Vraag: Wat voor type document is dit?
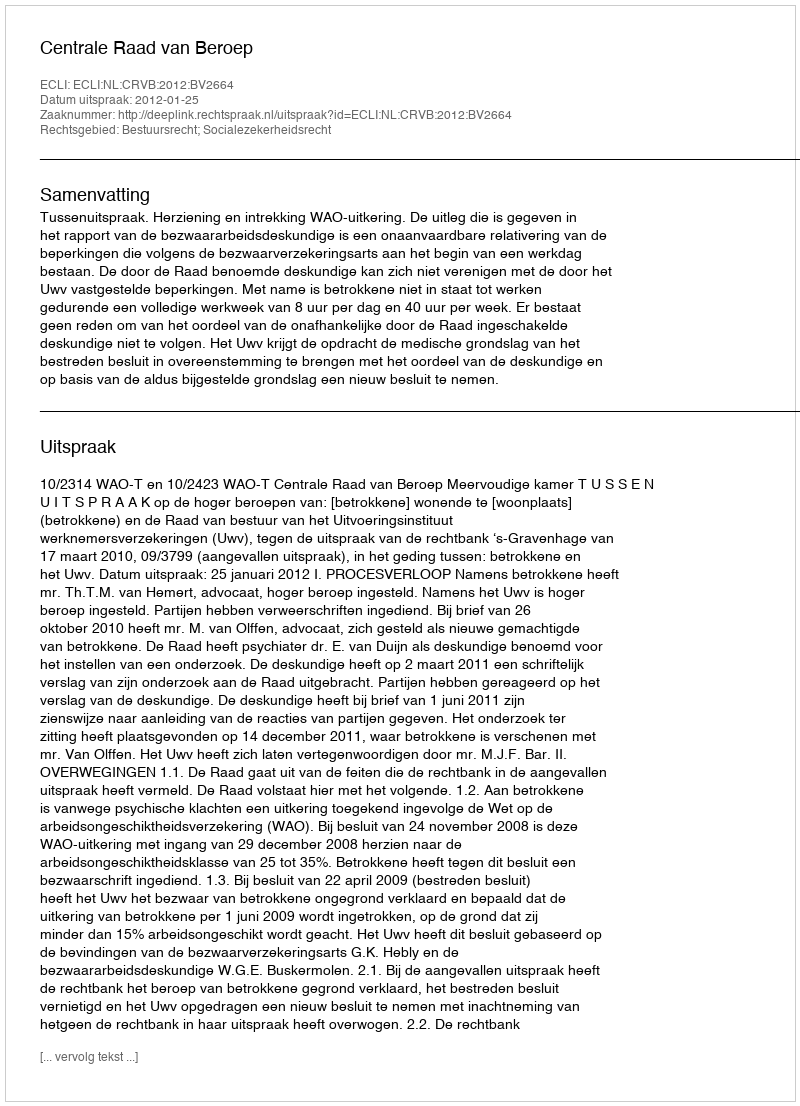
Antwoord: Uitspraak